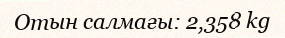
Отын салмағы: 2,358 kg